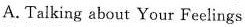
A. Talking about Your Feelings